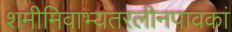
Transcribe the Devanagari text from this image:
शमीमिवाभ्यंतरलीनपावकां